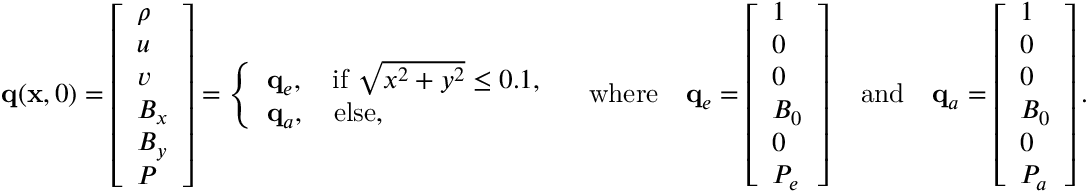
\mathbf { q } ( \mathbf { x } , 0 ) = \left[ \begin{array} { l } { \rho } \\ { u } \\ { v } \\ { B _ { x } } \\ { B _ { y } } \\ { P } \end{array} \right] = \left\{ \begin{array} { l l } { \mathbf { q } _ { e } , \quad \mathrm { i f } \ \sqrt { x ^ { 2 } + y ^ { 2 } } \leq 0 . 1 , } \\ { \mathbf { q } _ { a } , \quad \mathrm { e l s e } , } \end{array} \right. \quad \mathrm { w h e r e } \quad \mathbf { q } _ { e } = \left[ \begin{array} { l } { 1 } \\ { 0 } \\ { 0 } \\ { B _ { 0 } } \\ { 0 } \\ { P _ { e } } \end{array} \right] \quad \mathrm { a n d } \quad \mathbf { q } _ { a } = \left[ \begin{array} { l } { 1 } \\ { 0 } \\ { 0 } \\ { B _ { 0 } } \\ { 0 } \\ { P _ { a } } \end{array} \right] .